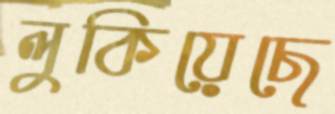
লুকিয়েছে